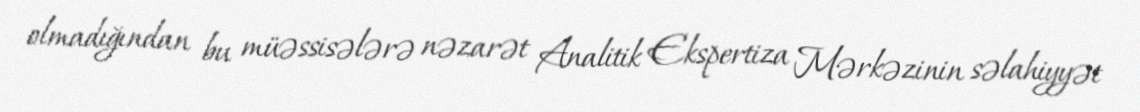
olmadığından bu müəssisələrə nəzarət Analitik Ekspertiza Mərkəzinin səlahiyyət